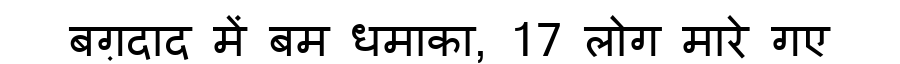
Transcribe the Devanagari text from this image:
बग़दाद में बम धमाका, 17 लोग मारे गए